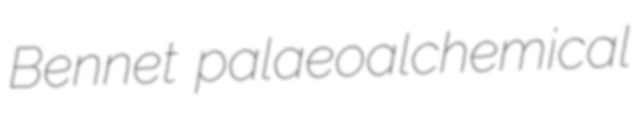
Bennet palaeoalchemical